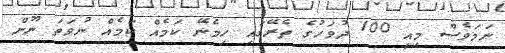
ނަމަވެސް މިއީ 100 ދުވަހުގެ ތެރޭގައި ހިމެނޭ ކަމެއް ކަމެއް ނުވަތަ ނޫން